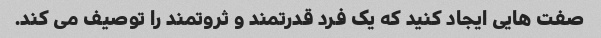
صفت هایی ایجاد کنید که یک فرد قدرتمند و ثروتمند را توصیف می کند.